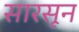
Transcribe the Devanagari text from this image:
सारसून